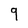
Character: 9